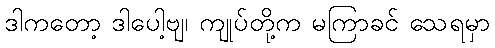
ဒါကတော့ ဒါပေါ့ဗျ၊ ကျုပ်တို့က မကြာခင် သေရမှာ